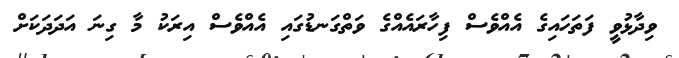
ވިދާޅުވީ ފަތަހައިގެ އެއްވެސް ފިހާރައެއްގެ ވަތްގަނޑުގައި އެއްވެސް އިރަކު މާ ގިނަ އަދަދަކަށް